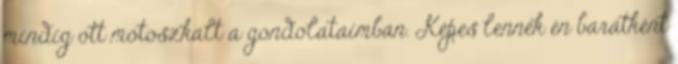
mindig ott motoszkált a gondolataimban. Képes lennék én barátként